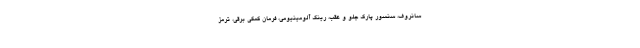
سانروف، سنسور پارک جلو و عقب، رینگ آلومینیومی، فرمان کمکی برقی، ترمز